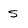
Character: s